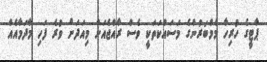
ޕާޓީގެ ހުރިހާ މެމްބަރުންގެ މަސައްކަތަކީ ވެސް ރާއްޖެއަށް މިއަދަށް ވުރެ ފަހި މާދަމާއެއް